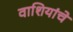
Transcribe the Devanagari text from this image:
वाशियांचे